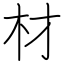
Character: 材